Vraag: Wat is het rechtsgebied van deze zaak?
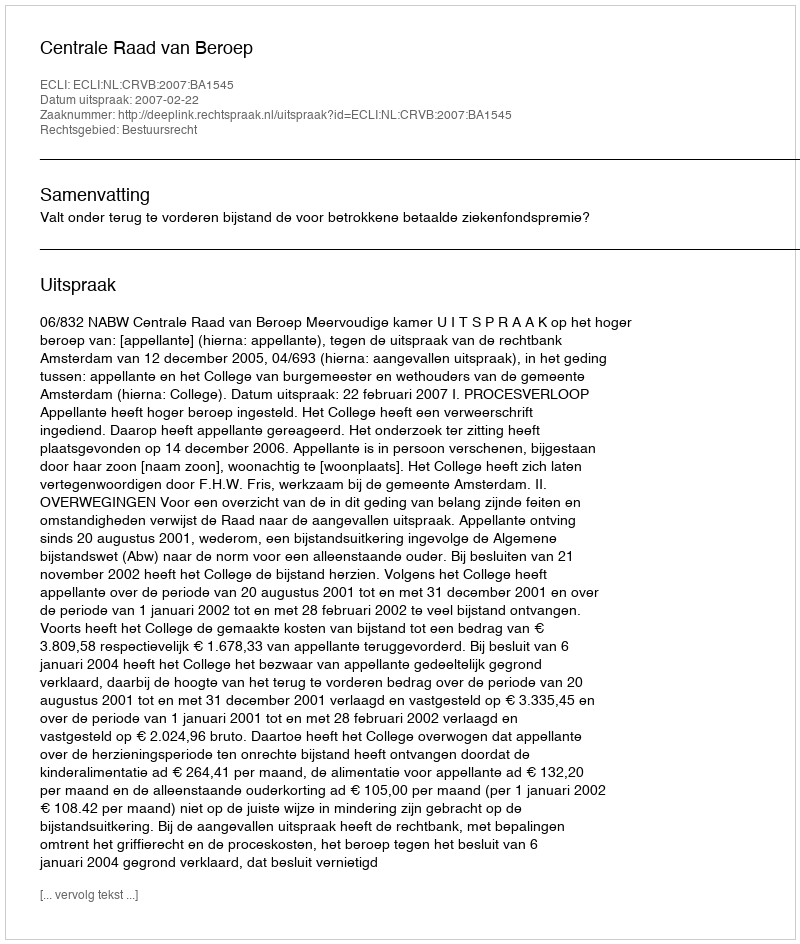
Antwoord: Bestuursrecht